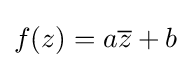
f(z)=a{\overline {z}}+b